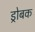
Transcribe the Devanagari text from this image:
ड्रोबक